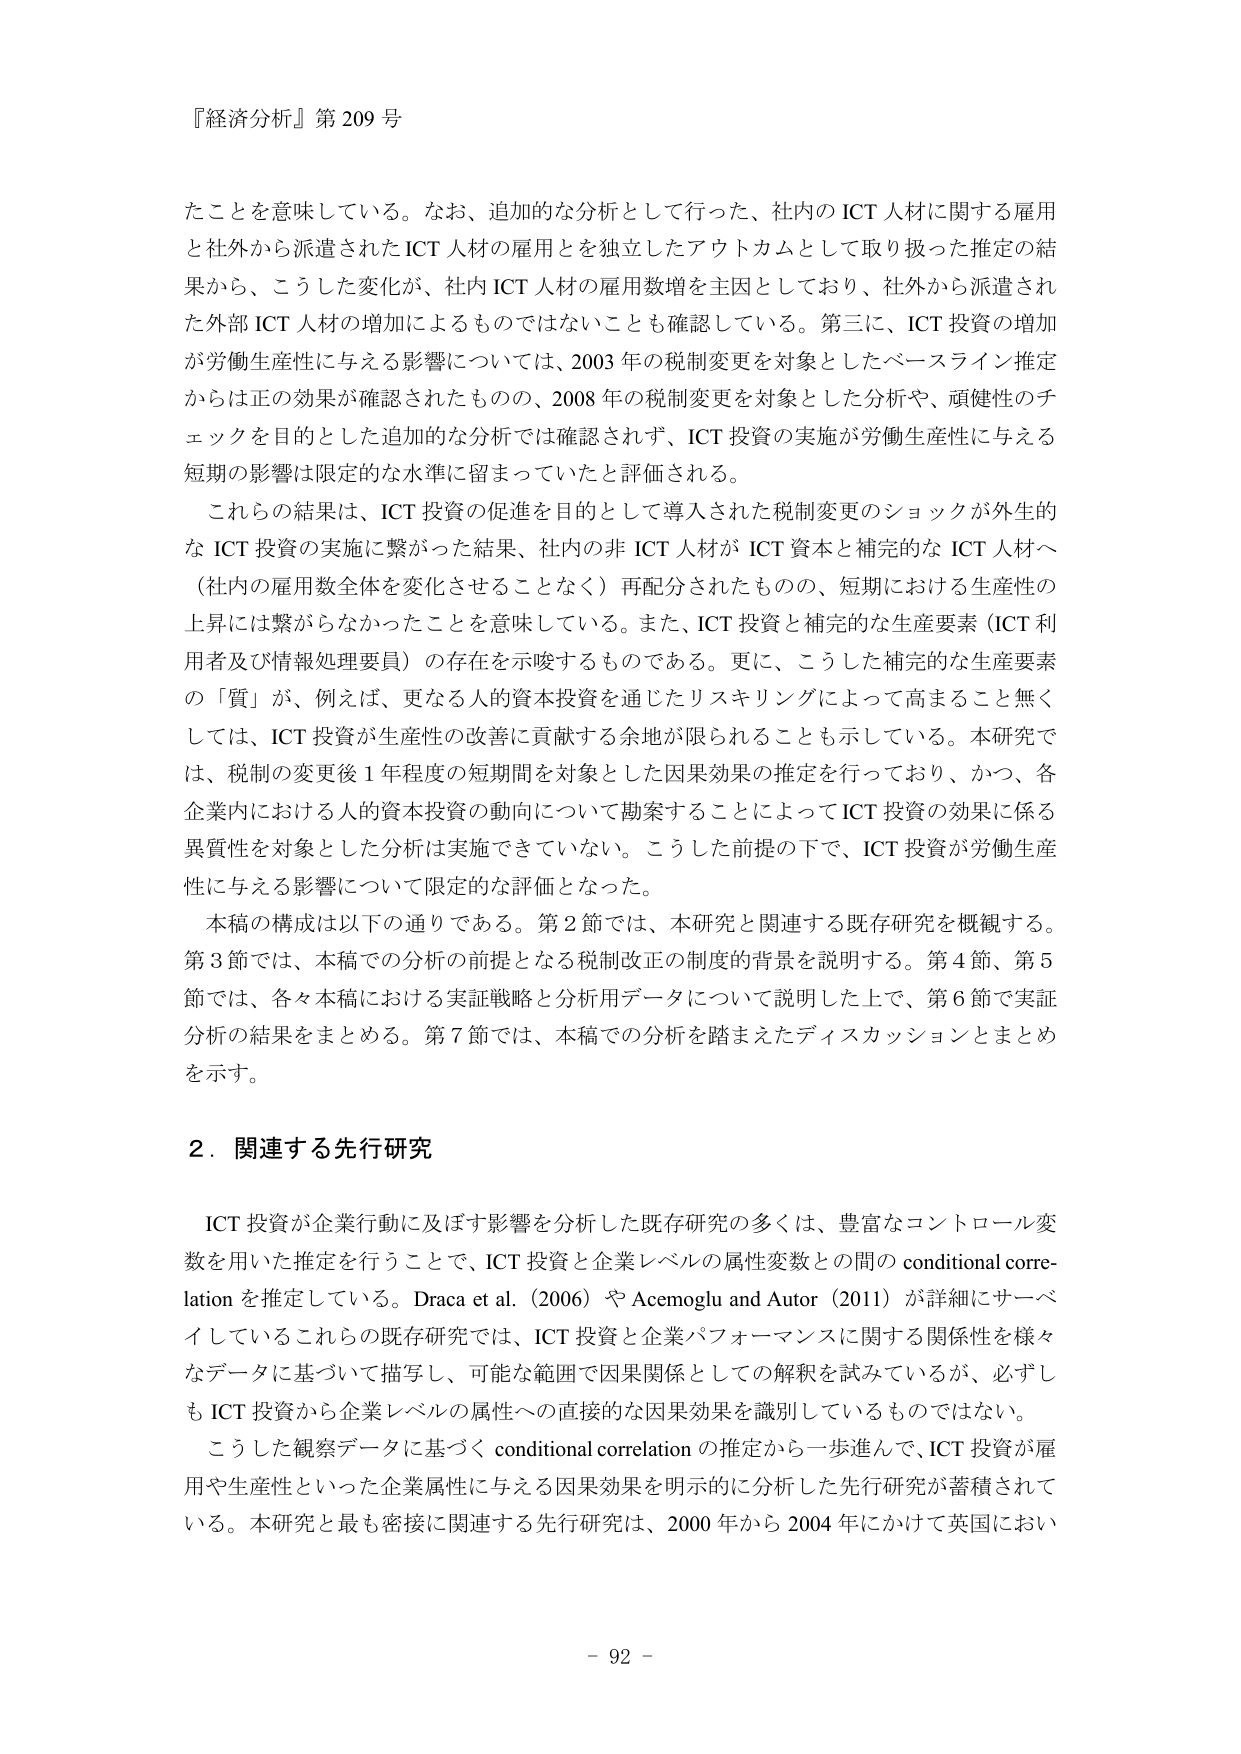
『経済分析』第 209 号

たことを意味している。なお、追加的な分析として行った、社内の ICT 人材に関する雇用と社外から派遣された ICT 人材の雇用とを独立したアウトカムとして取り扱った推定の結果から、こうした変化が、社内 ICT 人材の雇用数増を主因としており、社外から派遣された外部 ICT 人材の増加によるものではないことも確認している。第三に、ICT 投資の増加が労働生産性に与える影響については、2003 年の税制変更を対象としたベースライン推定からは正の効果が確認されたものの、2008 年の税制変更を対象とした分析や、頑健性のチェックを目的とした追加的な分析では確認されず、ICT 投資の実施が労働生産性に与える短期の影響は限定的な水準に留まっていたと評価される。

これらの結果は、ICT 投資の促進を目的として導入された税制変更のショックが外生的な ICT 投資の実施に繋がった結果、社内の非 ICT 人材が ICT 資本と補完的な ICT 人材へ（社内の雇用数全体を変化させることなく）再配分されたものの、短期における生産性の上昇には繋がらなかったことを意味している。また、ICT 投資と補完的な生産要素（ICT 利用者及び情報処理要員）の存在を示唆するものである。更に、こうした補完的な生産要素の「質」が、例えば、更なる人的資本投資を通じたリスクリングによって高まること無くしては、ICT 投資が生産性の改善に貢献する余地が限られることも示している。本研究では、税制の変更後 1 年程度の短期間を対象とした因果効果の推定を行っており、かつ、各企業内における人的資本投資の動向について勘案することによって ICT 投資の効果に係る異質性を対象とした分析は実施できていない。こうした前提の下で、ICT 投資が労働生産性に与える影響について限定的な評価となった。

本稿の構成は以下の通りである。第 2 節では、本研究と関連する既存研究を概観する。第 3 節では、本稿での分析の前提となる税制改正の制度的背景を説明する。第 4 節、第 5 節では、各々本稿における実証戦略と分析用データについて説明した上で、第 6 節で実証分析の結果をまとめる。第 7 節では、本稿での分析を踏まえたディスカッションとまとめを示す。

2．関連する先行研究

ICT 投資が企業行動に及ぼす影響を分析した既存研究の多くは、豊富なコントロール変数を用いた推定を行うことで、ICT 投資と企業レベルの属性変数との間の conditional correlation を推定している。Draca et al. (2006) や Acemoglu and Autor (2011) が詳細にサーベイしているこれらの既存研究では、ICT 投資と企業パフォーマンスに関する関係性を様々なデータに基づいて描写し、可能な範囲で因果関係としての解釈を試みているが、必ずしも ICT 投資から企業レベルの属性への直接的な因果効果を識別しているものではない。

こうした観察データに基づく conditional correlation の推定から一歩進んで、ICT 投資が雇用や生産性といった企業属性に与える因果効果を明示的に分析した先行研究が蓄積されている。本研究と最も密接に関連する先行研究は、2000 年から 2004 年にかけて英国におい

- 92 -